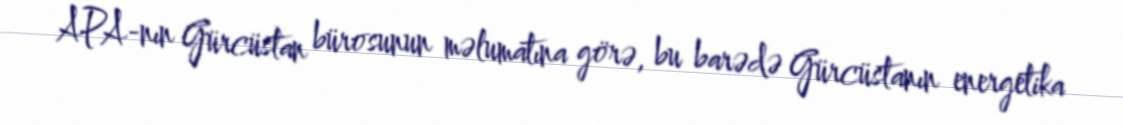
APA-nın Gürcüstan bürosunun məlumatına görə, bu barədə Gürcüstanın energetika